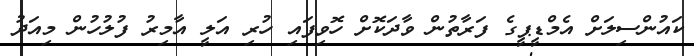
ކައުންސިލަށް އެމްޑީޕީގެ ފަރާތުން ވާދަކޮށް ހޮވިފައި ހުރި އަލީ އާމިރު ފުލުހުން މިއަދު